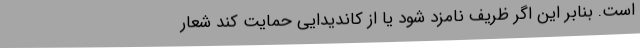
است. بنا‌بر این اگر ظریف نامزد شود یا از کاندیدایی حمایت کند شعار